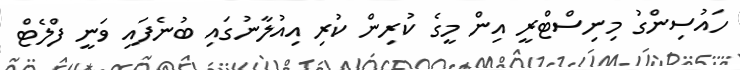
ހައުސިންގު މިނިސްޓްރީ އިން މީގެ ކުރިން ކުރި އިއުލާނުގައި ބުނެފައި ވަނީ ފްލެޓް